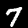
Label: 7